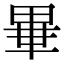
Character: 𤲃